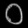
Digit: ၀